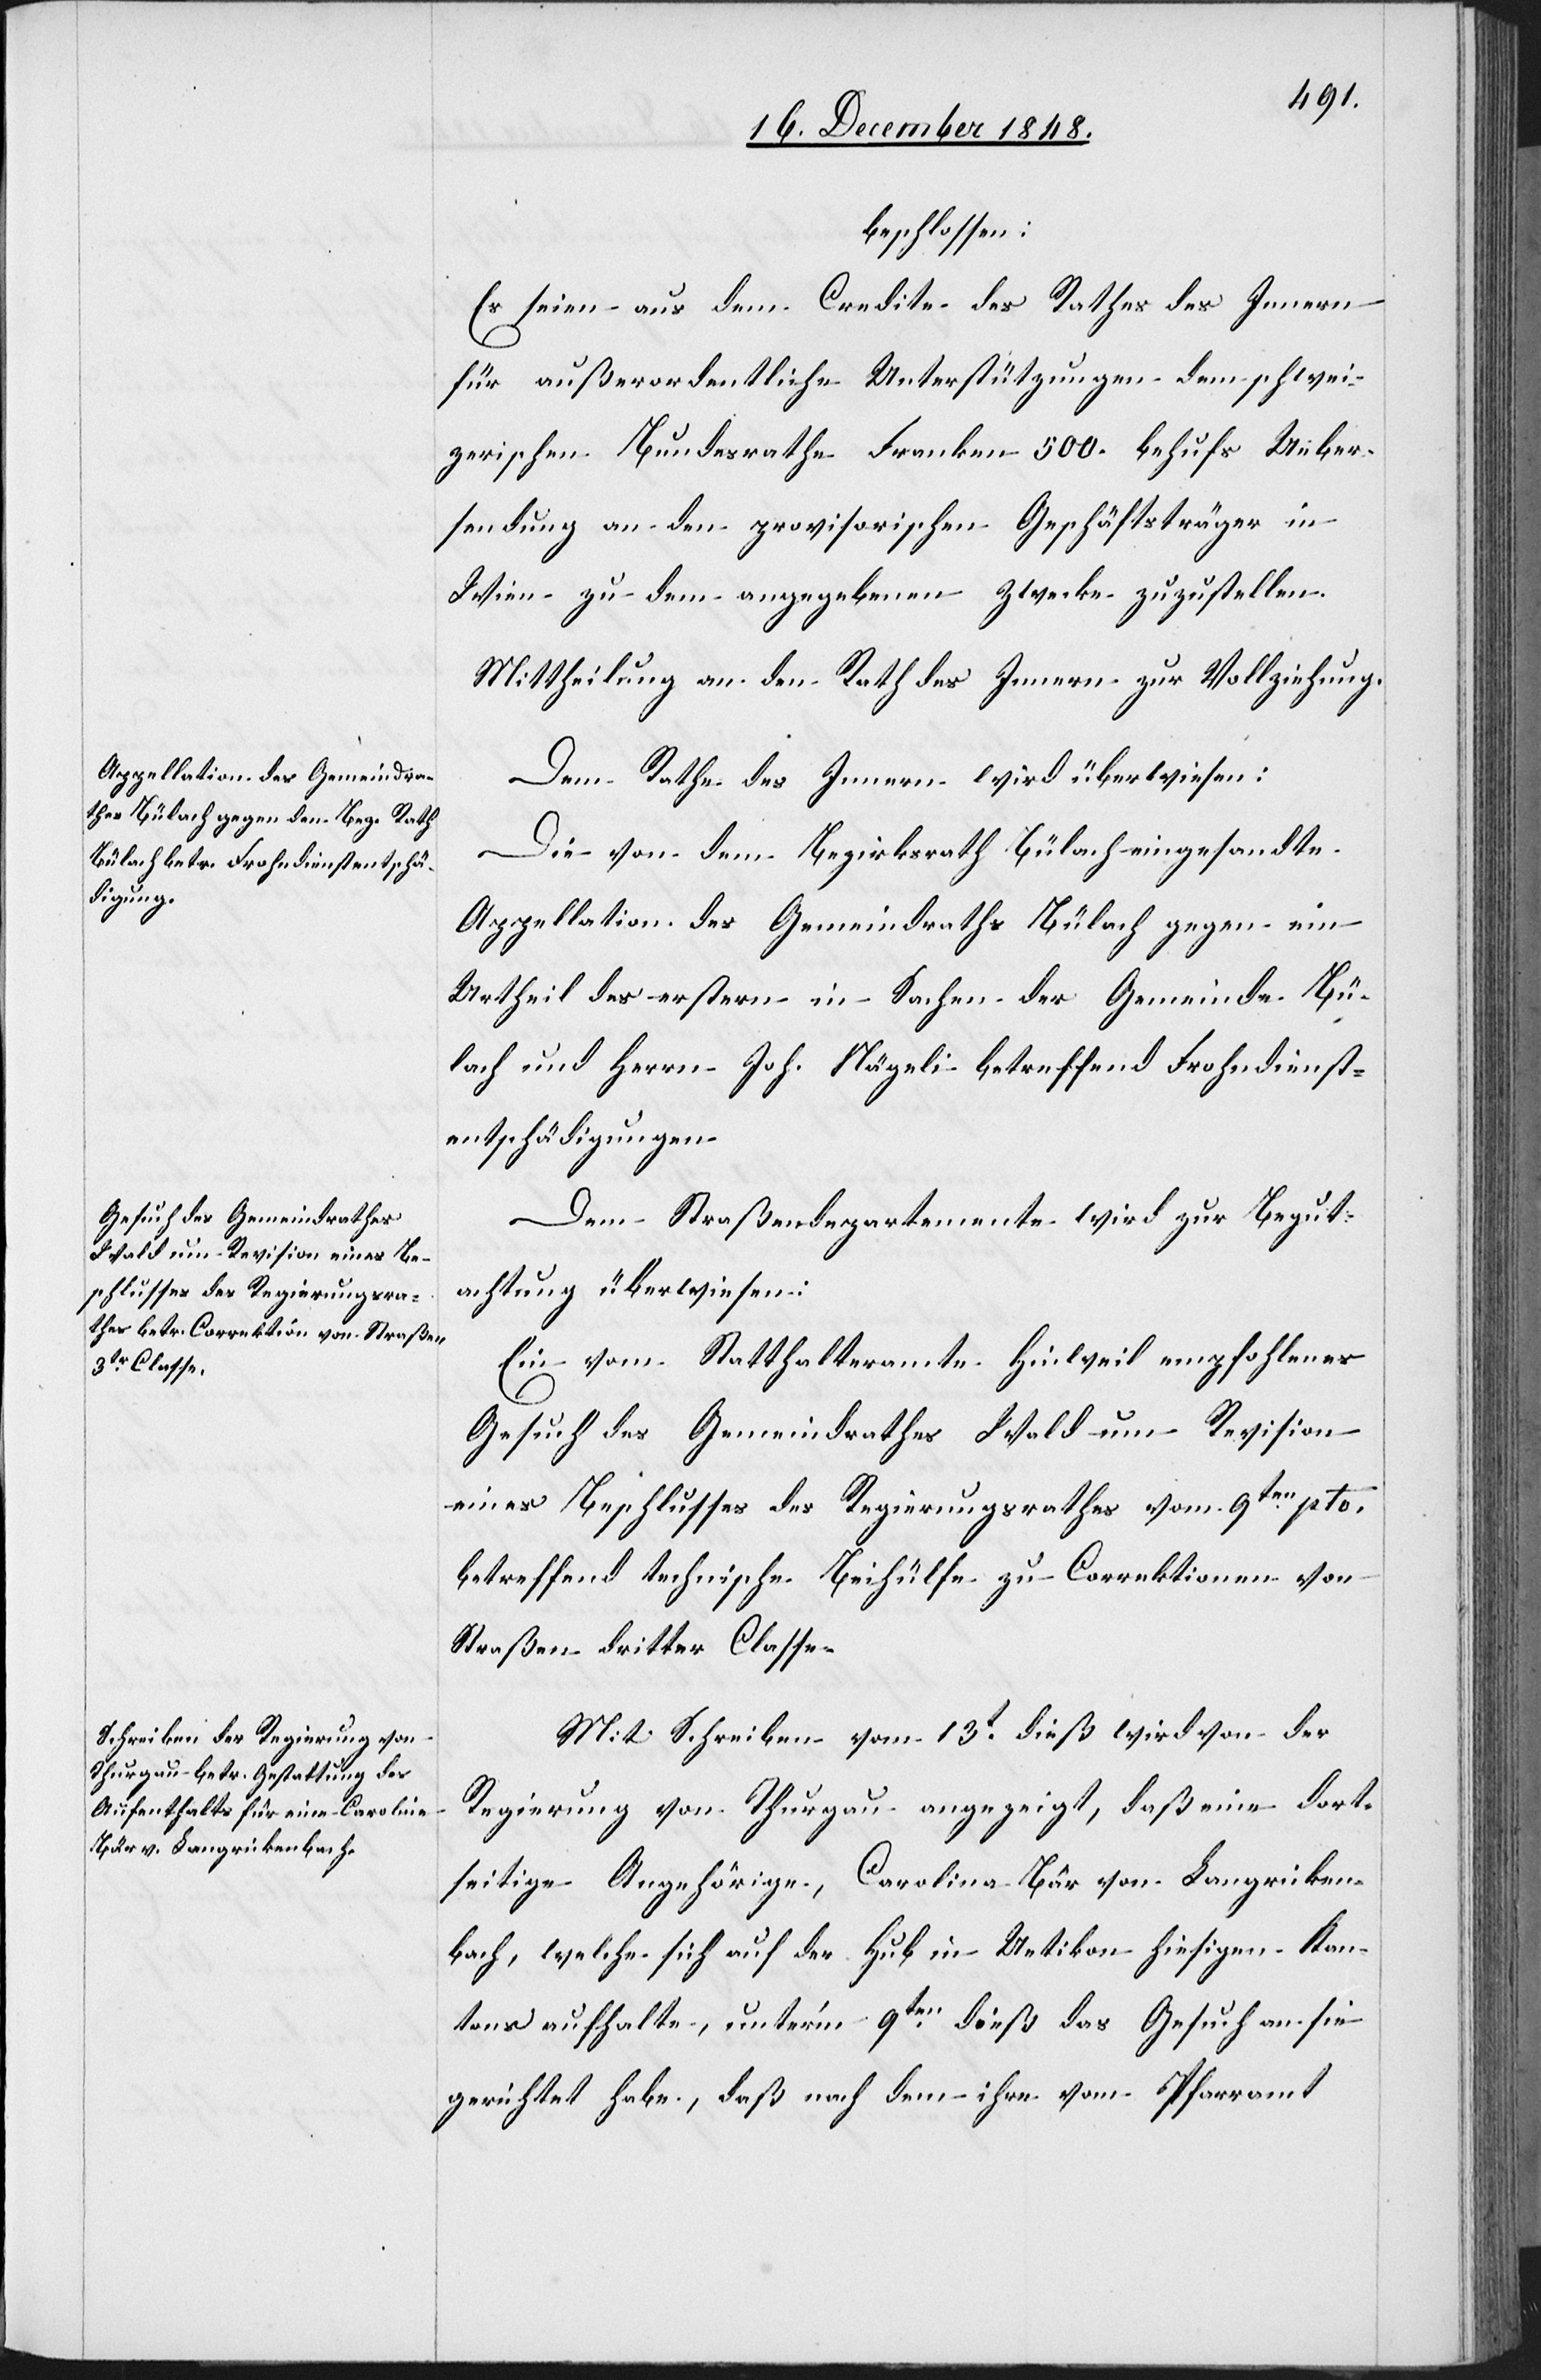
beschlossen:
Es seien aus dem Credite des Rathes des Innern
für außerordentliche Unterstützungen dem schwei¬
zerischen Bundesrathe Franken 500. behufs Ueber¬
sendung an den provisorischen Geschäftsträger in
Wien zu dem angegebenen Zwecke zuzustellen.
Mittheilung an den Rath des Innern zur Vollziehung.
Dem Rathe des Innern wird überwiesen:
Die von dem Bezirksrath Bülach eingesandte
Appellation des Gemeindraths Bülach gegen ein
Urtheil des erstern in Sachen der Gemeinde Bü¬
lach und Herrn Joh. Nägeli betreffend Frohndienst¬
entschädigungen.
Dem Straßendepartemente wird zur Begut¬
achtung überwiesen:
Ein vom Statthalteramte Hinweil empfohlenes
Gesuch des Gemeindrathes Wald um Revision
eines Beschlusses des Regierungsrathes vom 9ten pto.
betreffend technische Beihülfe zu Correktionen von
Straßen dritter Classe.
Mit Schreiben vom 13t dieß wird von der
Regierung von Thurgau angezeigt, daß eine dort¬
seitige Angehörige, Carolina Bär von Langricken¬
bach, welche sich auf der Hub in Uetikon hiesigen Kan¬
tons aufhalte, unter’m 9ten dieß das Gesuch an sie
gerichtet habe, daß nach dem ihre vom Pfarramt